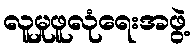
လူမှုဖူလုံရေးအဖွဲ့